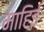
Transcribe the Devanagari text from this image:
माहिई